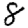
Digit: 8